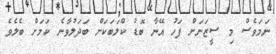
ނަމަވެސް މި ސީޒަނަށް ފަހު އޭނާ ބޮޑު ކްލަބަކަށް ބަދަލުވާނެ ކަމަށް ބެލެވެ